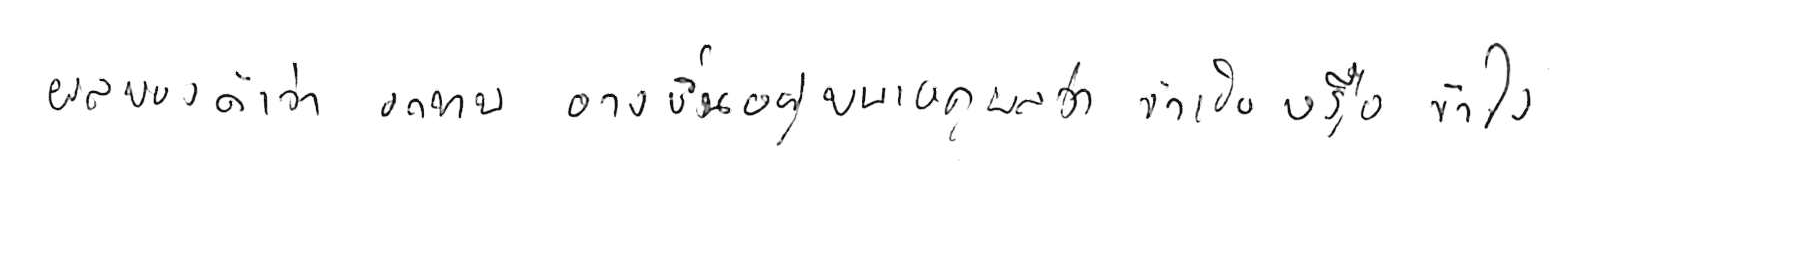
ผลของคำว่า อดทน อาจขึ้นอยู่บนเหตุผลว่า จำเป็น หรือ จำใจ